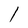
Character: I